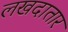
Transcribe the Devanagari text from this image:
लखदातार